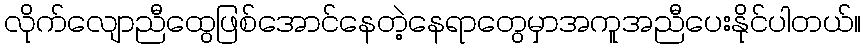
လိုက်လျောညီထွေဖြစ်အောင်နေတဲ့နေရာတွေမှာအကူအညီပေးနိုင်ပါတယ်။